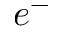
e ^ { - }